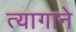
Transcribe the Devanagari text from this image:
त्यागाने